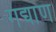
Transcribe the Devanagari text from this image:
गद्याण